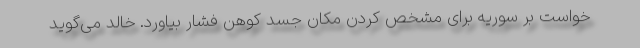
خواست بر سوریه برای مشخص کردن مکان جسد کوهن فشار بیاورد. خالد می‌گوید